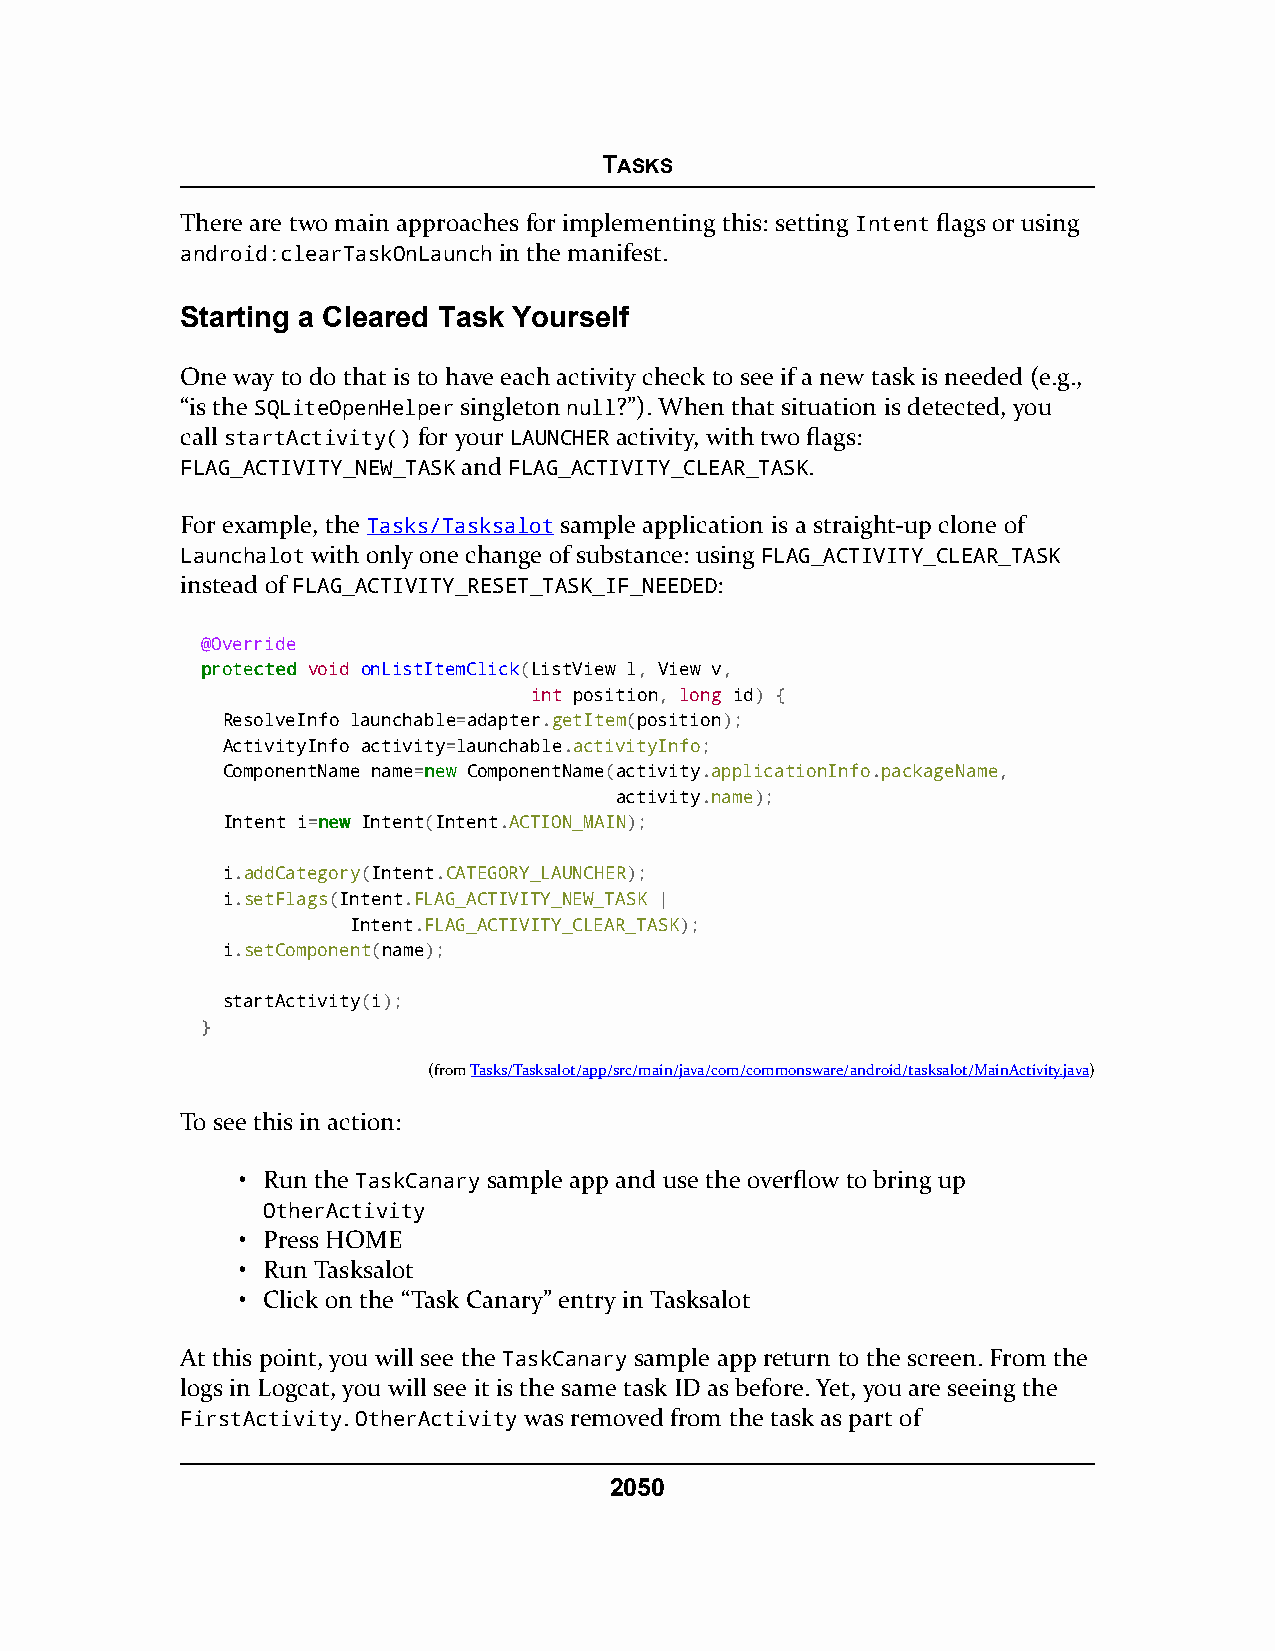
TASKS
 There are two main approaches for implementing this: setting Intent flags or using
 android:clearTaskOnLaunch in the manifest.
 Starting a Cleared Task Yourself
 One way to do that is to have each activity check to see if a new task is needed (e.g.,
 “is the SQLiteOpenHelper singleton null?”). When that situation is detected, you
 call startActivity() for your LAUNCHER activity, with two flags:
 FLAG_ACTIVITY_NEW_TASK and FLAG_ACTIVITY_CLEAR_TASK.
 For example, the Tasks/Tasksalot sample application is a straight-up clone of
 Launchalot with only one change of substance: using FLAG_ACTIVITY_CLEAR_TASK
 instead of FLAG_ACTIVITY_RESET_TASK_IF_NEEDED:
 @Override
 pprrootteecctteedd void onListItemClick(ListView l, View v,
 int position, long id) {
 ResolveInfo launchable=adapter.getItem(position);
 ActivityInfo activity=launchable.activityInfo;
 ComponentName name=nneeww ComponentName(activity.applicationInfo.packageName,
 activity.name);
 Intent i=nneeww Intent(Intent.ACTION_MAIN);
 i.addCategory(Intent.CATEGORY_LAUNCHER);
 i.setFlags(Intent.FLAG_ACTIVITY_NEW_TASK |
 Intent.FLAG_ACTIVITY_CLEAR_TASK);
 i.setComponent(name);
 startActivity(i);
 }
 (fromTasks/Tasksalot/app/src/main/java/com/commonsware/android/tasksalot/MainActivity.java)
 To see this in action:
 • Run the TaskCanary sample app and use the overflow to bring up
 OtherActivity
 • Press HOME
 • Run Tasksalot
 • Click on the “Task Canary” entry in Tasksalot
 At this point, you will see the TaskCanary sample app return to the screen. From the
 logs in Logcat, you will see it is the same task ID as before. Yet, you are seeing the
 FirstActivity. OtherActivity was removed from the task as part of
 2050